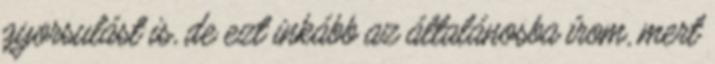
gyorsulást is, de ezt inkább az általánosba írom, mert